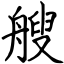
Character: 艘